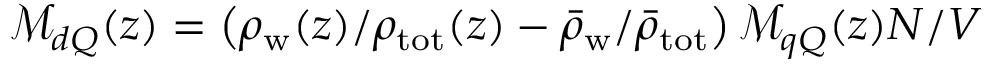
\mathcal { M } _ { d Q } ( z ) = \left( \rho _ { \mathrm { w } } ( z ) / \rho _ { \mathrm { t o t } } ( z ) - \bar { \rho } _ { \mathrm { w } } / \bar { \rho } _ { \mathrm { t o t } } \right) \mathcal { M } _ { q Q } ( z ) N / V